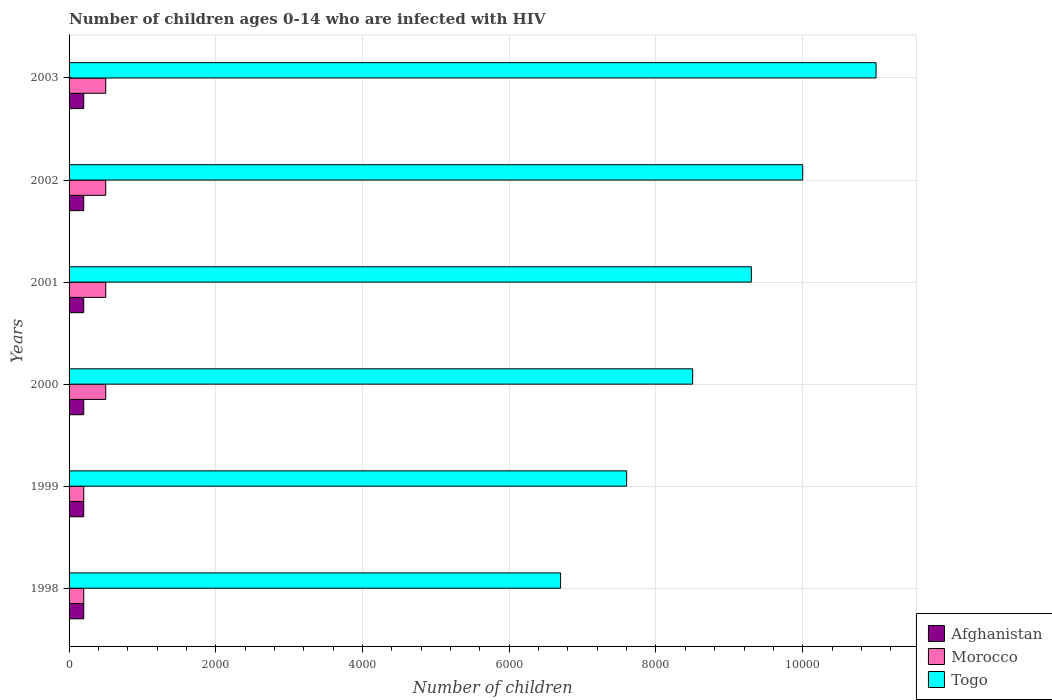
| Years | Afghanistan | Morocco | Togo |
 | --- | --- | --- | --- |
 | 1998 | 200 | 200 | 6.7e+03 |
 | 1999 | 200 | 200 | 7.6e+03 |
 | 2000 | 200 | 500 | 8.5e+03 |
 | 2001 | 200 | 500 | 9.3e+03 |
 | 2002 | 200 | 500 | 1e+04 |
 | 2003 | 200 | 500 | 1.1e+04 |